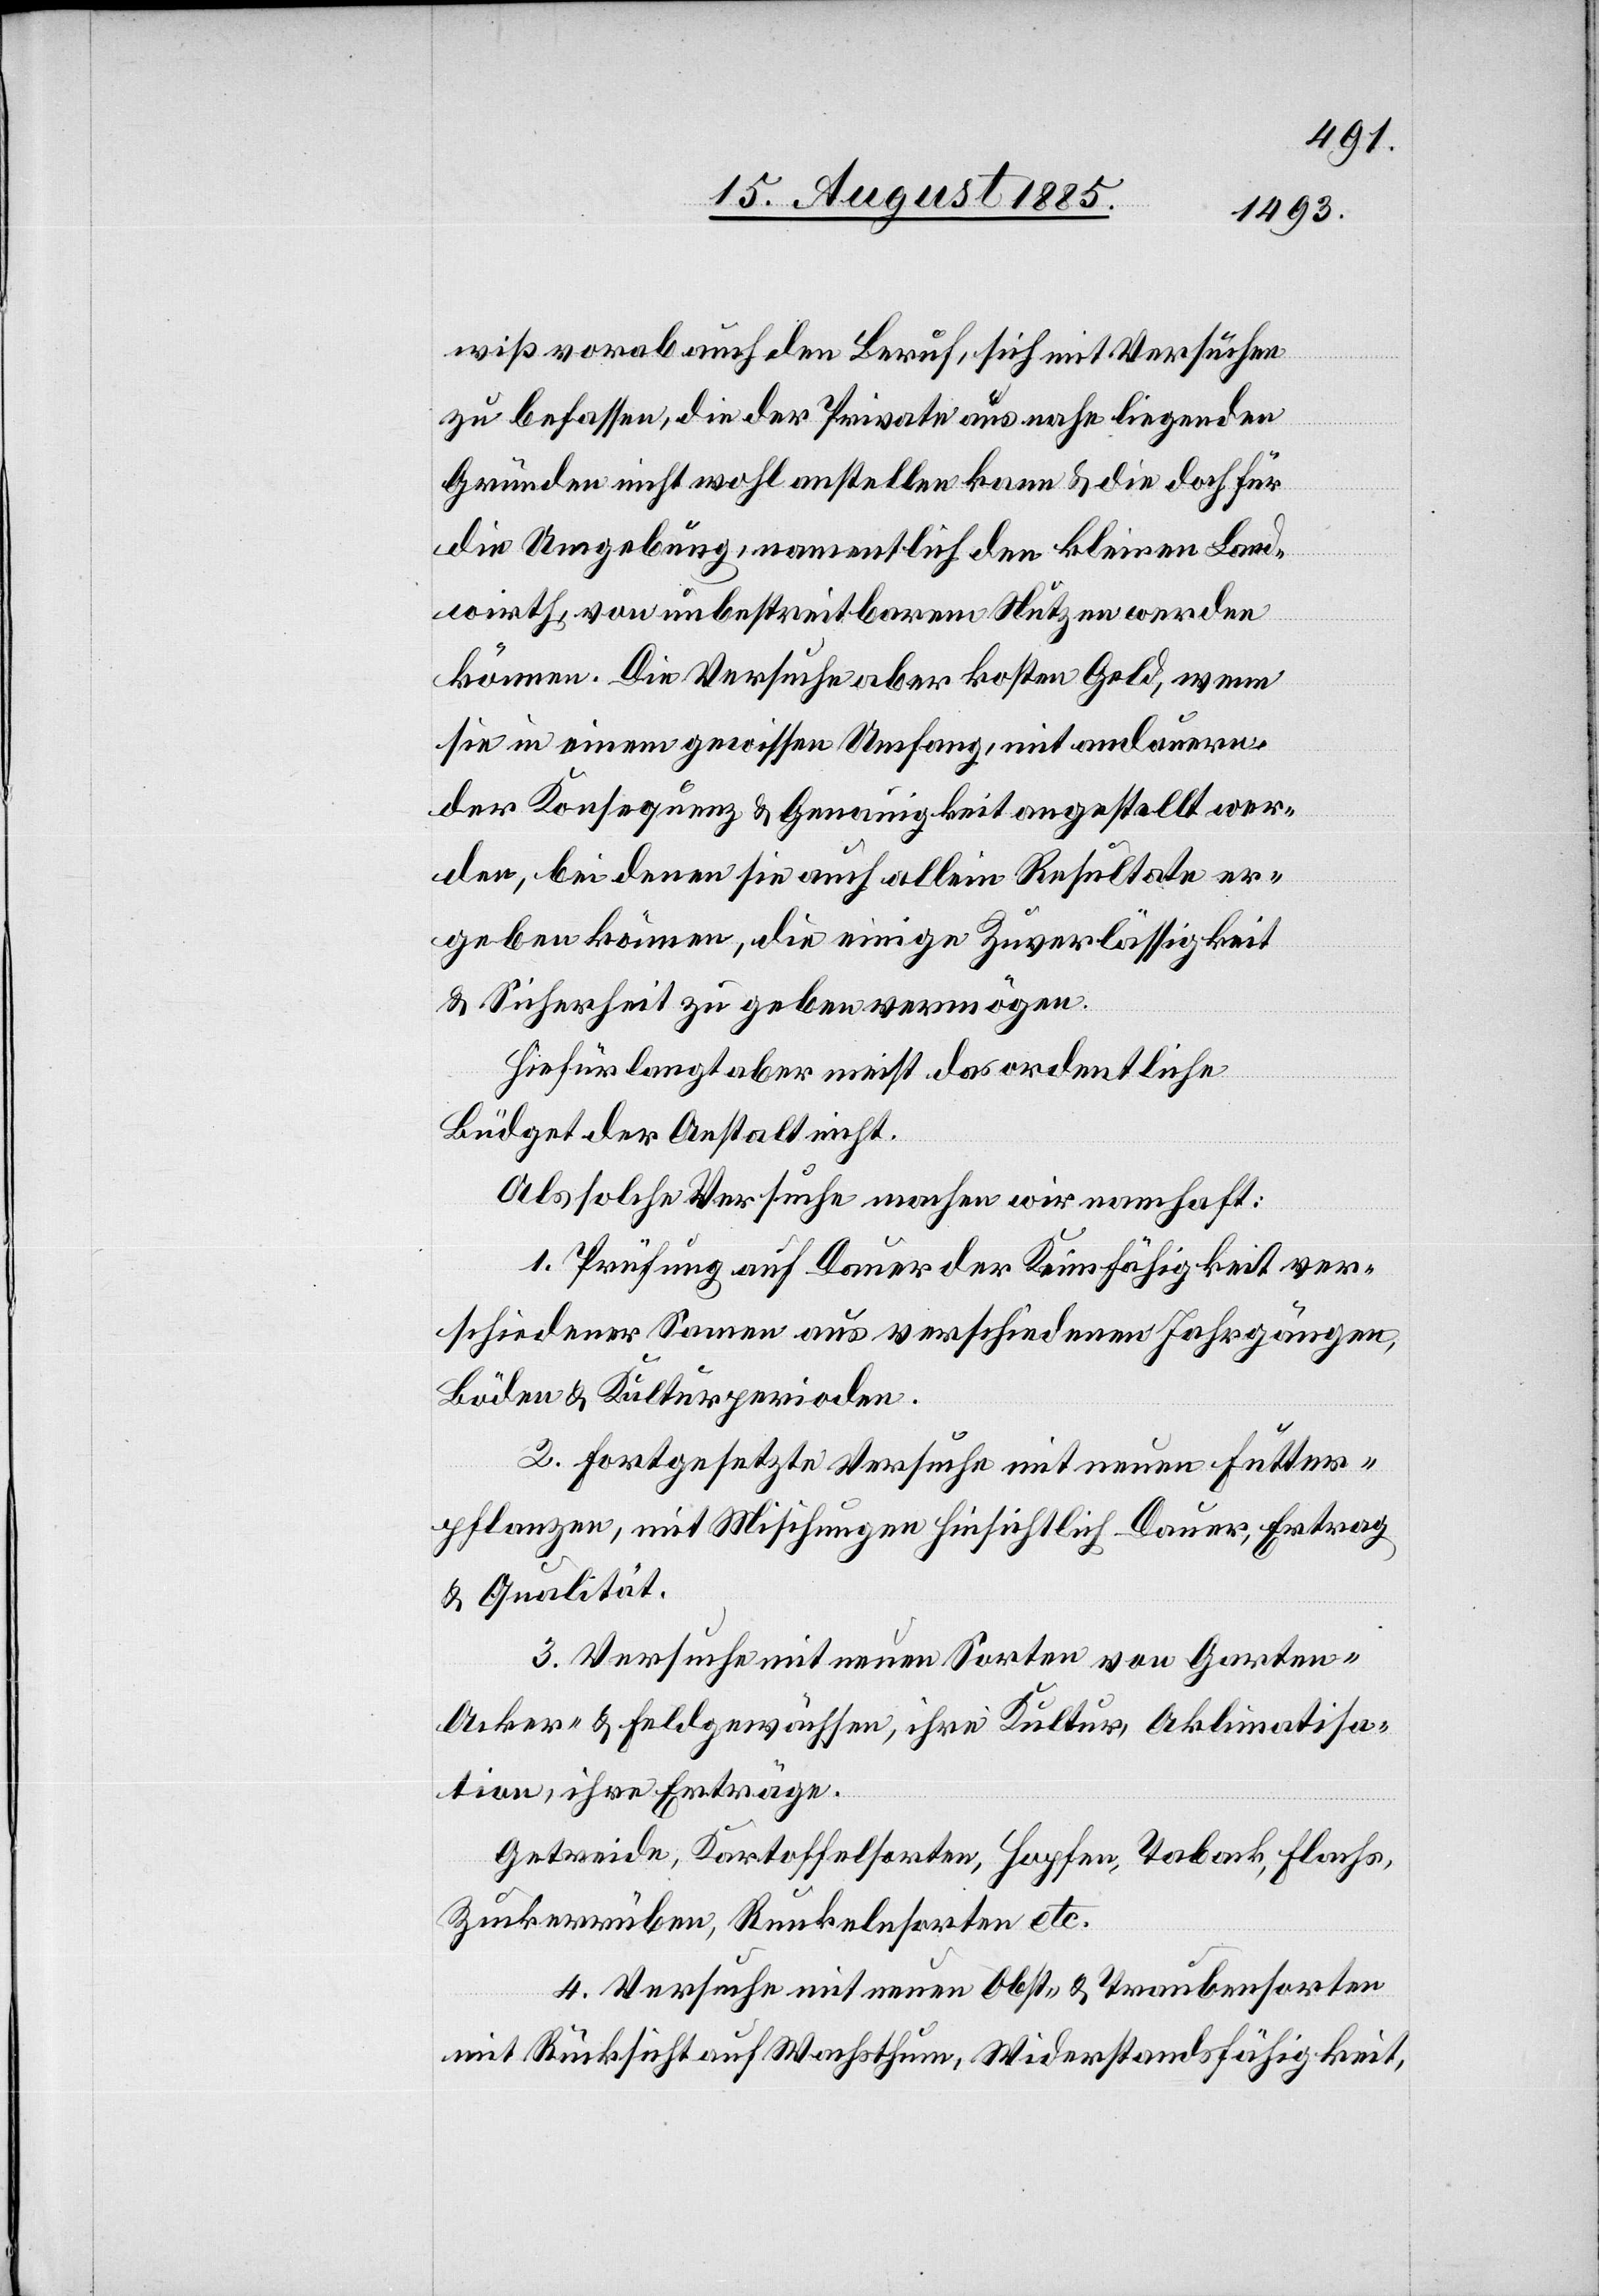
wiß vorab auch den Beruf, sich mit Versuchen
zu befassen, die der Private aus nahe liegenden
Gründen nicht wohl anstellen kann & die doch für
die Umgebung, namentlich den kleinen Land¬
wirth, von unbestreitbarem Nutzen werden
können. Die Versuche aber kosten Geld, wenn
sie in einem gewissen Umfang, mit andauern¬
der Konsequenz & Genauigkeit angestellt wer¬
den, bei deren Sie auch allein Resultate er¬
geben können, die einige Zuverlässigkeit
& Sicherheit zu geben vermögen.
Hiefür langt aber meist das ordentliche
Büdget der Anstalt nicht.
Als solche Versuche machen wir namhaft:
1. Prüfung auf Dauer der Keimfähigkeit ver¬
schiedener Samen aus verschiedenen Jahrgängen,
Böden & Kulturperioden.
2. Fortgesetzte Versuche mit neuen Futter¬
pflanzen, mit Mischungen hinsichtlich Dauer, Ertrag
& Qualität.
3. Versuche mit neuen Sorten von Garten-[,]
Acker- & Feldgewächsen, ihre Kultur, Aklimatisa¬
tion, ihre Erträge.
Getreide, Kartoffelsorten, Hopfen, Taback, Flachs,
Zuckerrüben, Runkelnsorten etc.
4. Versuche mit neuen Obst- & Traubensorten
mit Rücksicht auf Wachsthum, Widerstandsfähigkeit,